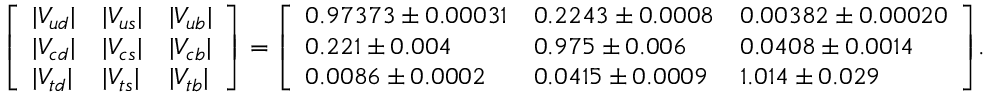
{ \left[ \begin{array} { l l l } { | V _ { u d } | } & { | V _ { u s } | } & { | V _ { u b } | } \\ { | V _ { c d } | } & { | V _ { c s } | } & { | V _ { c b } | } \\ { | V _ { t d } | } & { | V _ { t s } | } & { | V _ { t b } | } \end{array} \right] } = { \left[ \begin{array} { l l l } { 0 . 9 7 3 7 3 \pm 0 . 0 0 0 3 1 } & { 0 . 2 2 4 3 \pm 0 . 0 0 0 8 } & { 0 . 0 0 3 8 2 \pm 0 . 0 0 0 2 0 } \\ { 0 . 2 2 1 \pm 0 . 0 0 4 } & { 0 . 9 7 5 \pm 0 . 0 0 6 } & { 0 . 0 4 0 8 \pm 0 . 0 0 1 4 } \\ { 0 . 0 0 8 6 \pm 0 . 0 0 0 2 } & { 0 . 0 4 1 5 \pm 0 . 0 0 0 9 } & { 1 . 0 1 4 \pm 0 . 0 2 9 } \end{array} \right] } .